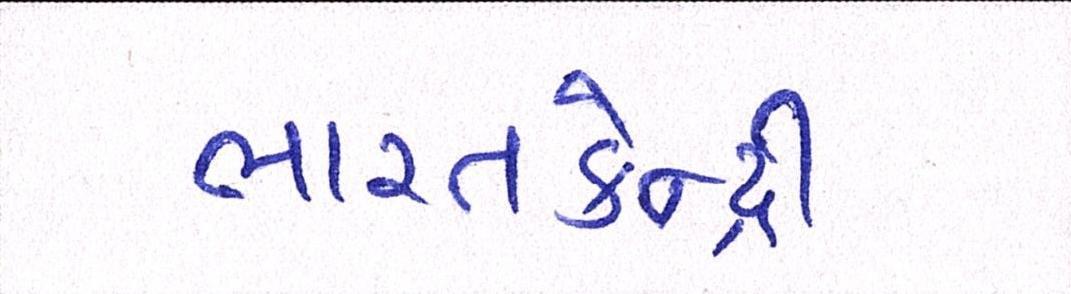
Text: ભારતકેન્દ્રી